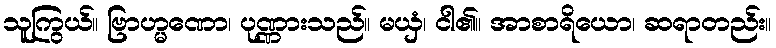
သူကြွယ်။ ဗြာဟ္မဏော၊ ပုဏ္ဏားသည်။ မယှံ၊ ငါ၏။ အာစာရိယော၊ ဆရာတည်း။